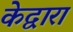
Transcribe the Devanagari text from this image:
केद्वारा